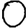
Digit: 0